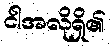
ငါအလိုရှိ၏